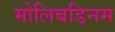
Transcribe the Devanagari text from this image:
मोलिबडिनम